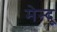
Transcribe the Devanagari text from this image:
मेन्दू